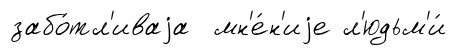
забо́тл'иваjа мн'е́н'иjе л'юдьм'и́